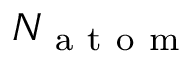
N _ { \mathrm { ~ a ~ t ~ o ~ m ~ } }